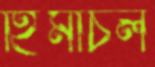
হিমাচল